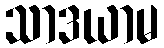
သာဒယာမ